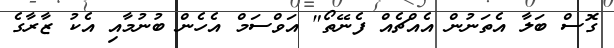
ގޮސް ބަލާ އެތަނުން އެއްޗެއް ފެނޭތޯ" އަވްސަމް އެހެން ބުނުމާއި އެކު ޒާރާގެ